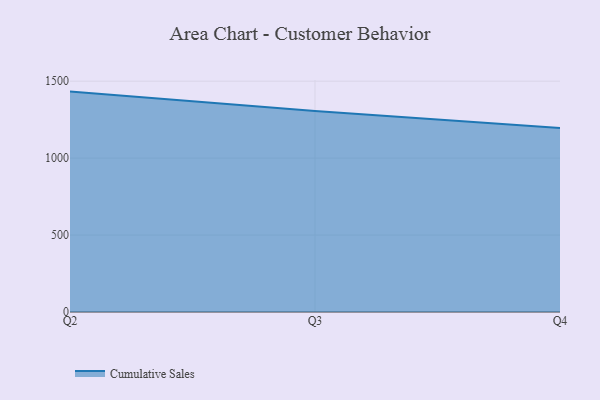
{"axis": {"x": "Quarter", "y": "Tickets Resolved"}, "legend": ["Cumulative Sales"], "data": [{"x": "Q2", "y": 1432.4, "type": "Cumulative Sales"}, {"x": "Q3", "y": 1306.1, "type": "Cumulative Sales"}, {"x": "Q4", "y": 1195.3, "type": "Cumulative Sales"}]}